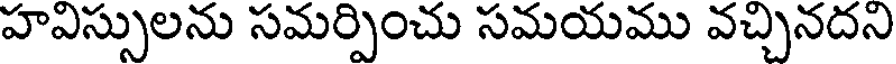
హవిస్సులను సమర్పించు సమయము వచ్చినదని